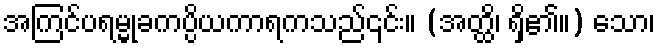
အကြင်ပရမ္မုခကပ္ပိယကာရကသည်၎င်း။ (အတ္ထိ၊ ရှိ၏။) သော၊